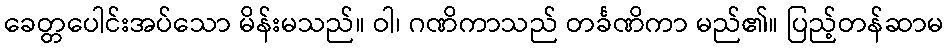
ခေတ္တပေါင်းအပ်သော မိန်းမသည်။ ဝါ၊ ဂဏိကာသည် တင်္ခဏိကာ မည်၏။ ပြည့်တန်ဆာမ